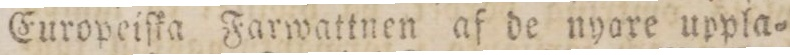
Europeiſka Farwattnen af de nyare uppla=